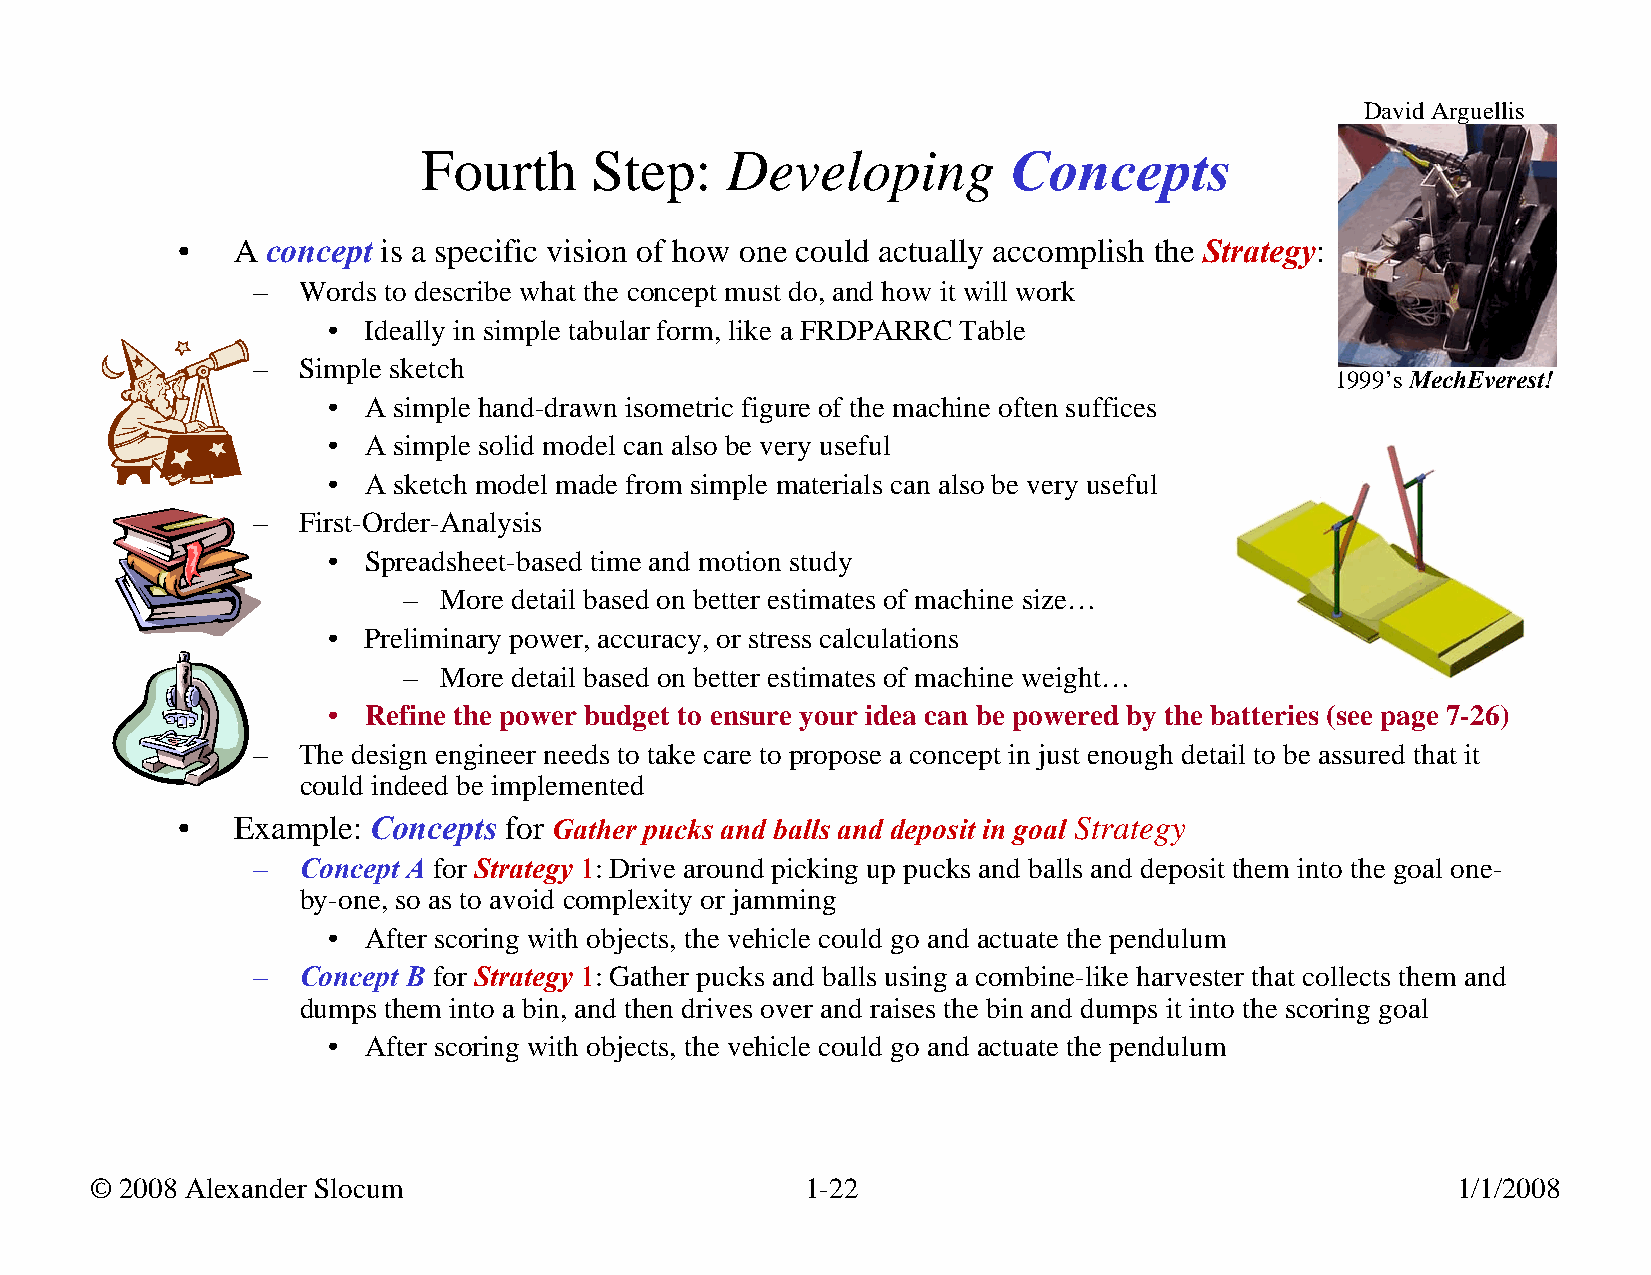
David Arguellis
 Fourth     Step:    Developing         Concepts
 •  A  concept is a specific vision of how one could actually accomplish the Strategy:
 –  Words to describe what the concept must do, and how it will work
 • Ideally in simple tabular form, like a FRDPARRC Table
 –  Simple sketch
 1999’s MechEverest!
 • A simple hand-drawn isometric figure of the machine often suffices
 • A simple solid model can also be very useful
 • A sketch model made from simple materials can also be very useful
 –  First-Order-Analysis
 • Spreadsheet-based time and motion study
 – More detail based on better estimates of machine size…
 • Preliminary power, accuracy, or stress calculations
 – More detail based on better estimates of machine weight…
 • Refine the power budget to ensure your idea can be powered by the batteries (see page 7-26)
 –  The design engineer needs to take care to propose a concept in just enough detail to be assured that it
 could indeed be implemented
 •  Example:  Concepts for Gather pucks and balls and deposit in goal Strategy
 –  Concept A for Strategy 1: Drive around picking up pucks and balls and deposit them into the goal one-
 by-one, so as to avoid complexity or jamming
 • After scoring with objects, the vehicle could go and actuate the pendulum
 –  Concept B for Strategy 1: Gather pucks and balls using a combine-like harvester that collects them and
 dumps them into a bin, and then drives over and raises the bin and dumps it into the scoring goal
 • After scoring with objects, the vehicle could go and actuate the pendulum
 © 2008 Alexander Slocum                        1-22                                       1/1/2008